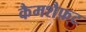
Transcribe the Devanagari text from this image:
कैमशैफ़्ट